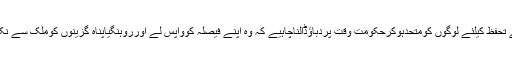
انہو ں نے مزیدکہاکہ حکومت کااس فیصلہ کے خلاف ہندوستانی روایت کے تحفظ کیلئے لوگوں کومتحدہوکرحکومت وقت پردباؤڈالناچاہیے کہ وہ اپنے فیصلہ کوواپس لے اورروہنگیاپناہ گزینوں کوملک سے نکالنے کی بجائے انہیں بنیادی سہولت مہیاکراکرانسانیت دوستی کا ثبوت دے۔